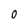
Character: 0